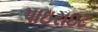
પાઇરાઇટ